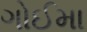
ગોઈમા